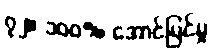
၇၂။ ၁၀၀% အောင်မြင်မှု